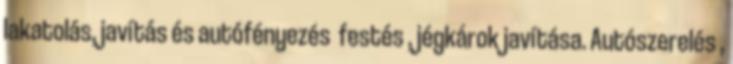
lakatolás, javítás és autófényezés festés , jégkárok javítása. Autószerelés ,